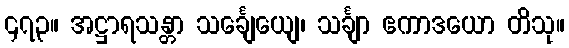
၄၇၃။ အဋ္ဌာရသန္တာ သင်္ချေယျေ၊ သင်္ချာ ဧကာဒယော တိသု။